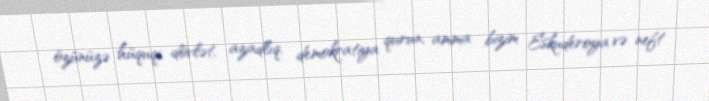
özünüzə hüquqi dövlət, azadlıq, demokratiya qurun, amma bizim Eskuderoya və neft